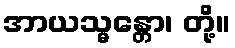
အာယသ္မန္တော၊ တို့။